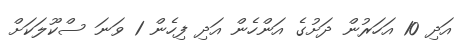
އަދި 10 އަހަރުން ދަށުގެ އަންހެން އަދި ފިހެން 1 ވަނަ ސްކޫލަކަށް